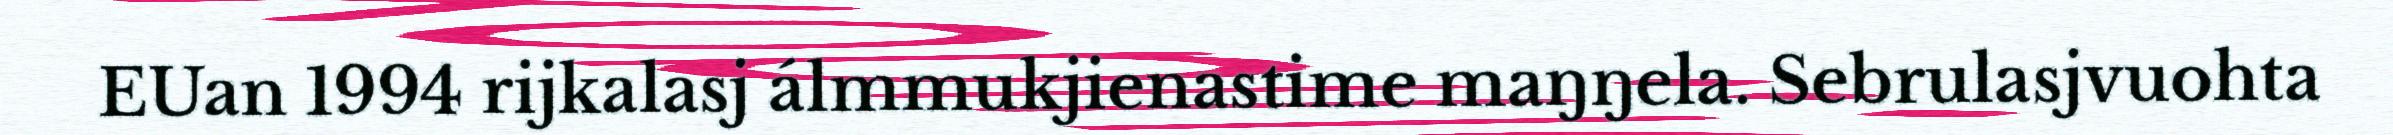
EUan 1994 rijkalasj álmmukjienastime maŋŋela. Sebrulasjvuohta